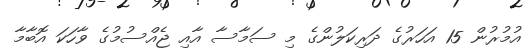
އުމުރުން 15 އަހަރުގެ ދަރިކަލުންގެ މި ސަމާސާ އާއި ޖެއްސުމުގެ ވާހަކަ އޮބާމާ